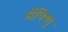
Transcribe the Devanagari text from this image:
मेंविष्णु